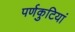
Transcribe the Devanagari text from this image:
पर्णकुटियां